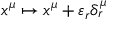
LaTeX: x ^ { \mu } \mapsto x ^ { \mu } + \varepsilon _ { r } \delta _ { r } ^ { \mu }